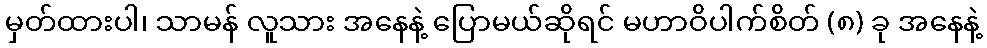
မှတ်ထားပါ၊ သာမန် လူသား အနေနဲ့ ပြောမယ်ဆိုရင် မဟာဝိပါက်စိတ် (၈) ခု အနေနဲ့